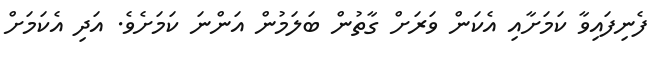
ފެނިފައިވާ ކަމަށާއި އެކަން ވަރަށް ގާތުން ބަލަމުން އަންނަ ކަމަށެވެ. އަދި އެކަމަށް